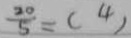
\frac { 2 0 } { 5 } = ( 4 )